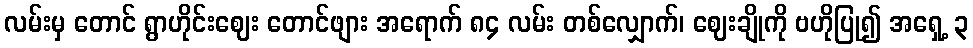
လမ်းမှ တောင် ရွာဟိုင်းဈေး တောင်ဖျား အရောက် ၈၄ လမ်း တစ်လျှောက်၊ ဈေးချိုကို ဗဟိုပြု၍ အရှေ့ ၃